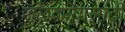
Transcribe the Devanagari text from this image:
जुळवण्यासाठी